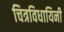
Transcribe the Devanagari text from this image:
चित्रविधायिनी